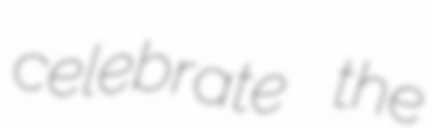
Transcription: celebrate the